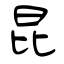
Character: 昆